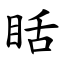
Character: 䀨